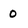
Character: 0